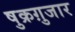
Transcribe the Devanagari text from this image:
षुक्रग़ुजार